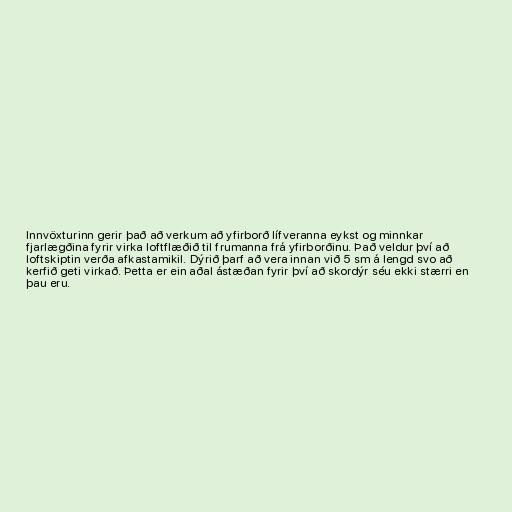
Innvöxturinn gerir það að verkum að yfirborð lífveranna eykst og minnkar
fjarlægðina fyrir virka loftflæðið til frumanna frá yfirborðinu. Það veldur því að
loftskiptin verða afkastamikil. Dýrið þarf að vera innan við 5 sm á lengd svo að
kerfið geti virkað. Þetta er ein aðal ástæðan fyrir því að skordýr séu ekki stærri en
þau eru.